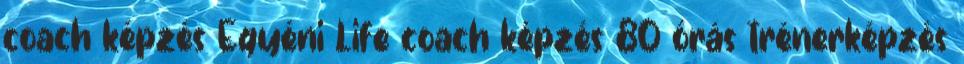
coach képzés Egyéni Life coach képzés 80 órás trénerképzés